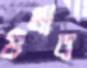
গুলাব